Annual report of the Central Committee of the Association together with the report of the directors of the Pasteur Institute at Kasauli
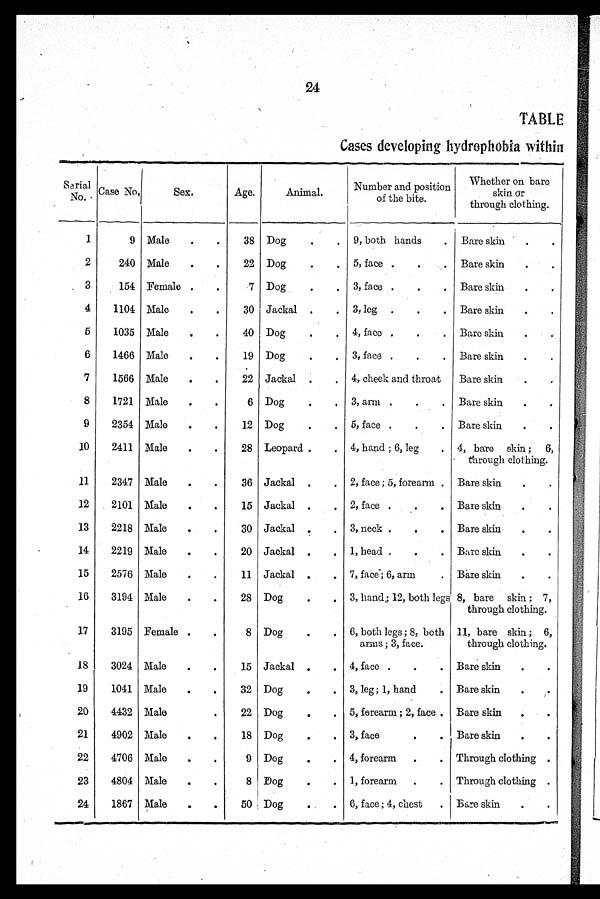
24
TABLE
Cases developing hydrophobia within
Serial
No. Case No.
Sex.
Age.
Animal.
Number and position
of the bite.
Whether on bare
skin or
through clothing.
1
9 Male
. .
38 Dog
. .
9, both hands
. Bare skin
. .
2
240 Male
. .
22 Dog
. .
5, face . . .
Bare skin
. .
3
154 Female . .
.7 Dog
. .
3, face . . .
Bare skin
4
1104 Male
. .
30 Jackal . .
3, leg . . .
Bare skin
. .
5
1035 Male
. .
40 Dog
. .
4, face . . .
Bare skin
. .-
6
1466 Male
. .
19 Dog
. .
3, face . . .
Bare skin
. .
7
1566 Male
. .
22 Jackal . .
4, cheek and throat
Bare skin
8
1721 Male
. .
6 Dog
. .
3, arm . . .
Bare skin
. .
9
2354 Male
. .
12 Dog
. .
5, face . . .
Bare skin
. .
10
2411 Male
. .
28 Leopard . .
4, hand ; 6, leg
. 4, bare skin ; 6,
through clothing.
11
2347 Male
. .
36 Jackal . .
2, face ; 5, forearm . Bare skin
. .
12
2101 Male
. .
15 Jackal . .
2, face . . .
Bare skin
. .
13
2218 Male
. .
30 Jackal
. 3, neck . . .
Bare skin
. .
14
2219 Male
. .
20 Jackal . .
1, head . . .
Bare skin . .
15
2576 Male
. .
11 Jackal . .
7, face"; 6, arm
. Bare skin
. .
16
3194 Male
. .
28 Dog
. .
3, hand,; 12, both legs 8, bare skin ; 7,
through clothing.
17
3195 Female . .
8 Dog
. .
6, both legs ; 8, both
arms ; 3, face.
11, bare skin ; 6,
through clothing.
18
3024 Male
. .
15 Jackal . ,
4, face . . .
Bare skin
. .
19
1041 Male
. .
32 Dog
. .
3, leg ; 1, hand
. Bare skin
. i.
20
4432 Male
.
22 Dog
. .
5, forearm. ; 2, face . Bare skin
. .
21
4902 Male
. .
18 Dog
. .
3, face
. .
Bare skin
. .
22
4706 Male
. .
9 Dog
. .
4, forearm
. .
Through clothing .
23
4804 Male
. .
8 Dog
. .
1, forearm . .
Through clothing .
24
1867 Male
. .
50 Dog
. . 6, face ; 4, chest
.] Bare skin
. .